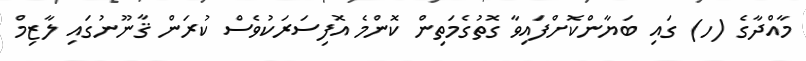
މާއްދާގެ (ހ) ގައި ބަޔާންކޮށްފައިވާ ގޮތުގެމަތިން ކޮންމެ އޮފިސަރަކުވެސް ކުރަން ޤާނޫނުގައި ލާޒިމް